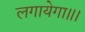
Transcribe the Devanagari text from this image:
लगायेगा॥।